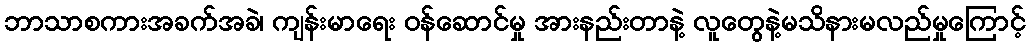
ဘာသာစကားအခက်အခဲ၊ ကျန်းမာရေး ဝန်ဆောင်မှု အားနည်းတာနဲ့ လူတွေနဲ့မသိနားမလည်မှုကြောင့်